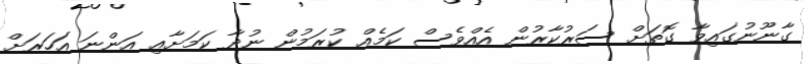
ގާނޫނުގައިވާ ގޮތަށް ސަރުކާރުން އެއްވެސް ކަމެއް ކުރަމުން ނުދާ ކަމަށާއި އަންނަ އަހަރަށް